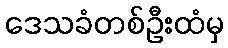
ဒေသခံတစ်ဦးထံမှ